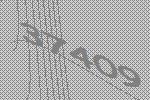
37409